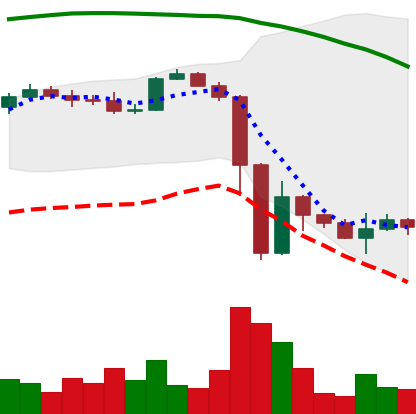
Ticker: BTC-USD
Chart end date: 2022-11-16
Forward return: -5.292%
Label: down_5_7